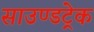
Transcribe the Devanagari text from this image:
साउण्डट्रेक